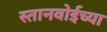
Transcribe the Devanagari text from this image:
स्तानवोईच्या